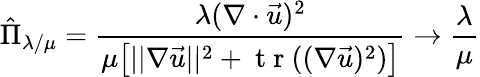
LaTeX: \hat{\Pi}_{\lambda/\mu}=\frac{\lambda(\nabla\cdot\vec{u})^{2}}{\mu\bigl[||\nabla\vec{u}||^{2}+\mathrm{~t~r~}((\nabla\vec{u})^{2})\bigr]}\to\frac{\lambda}{\mu}